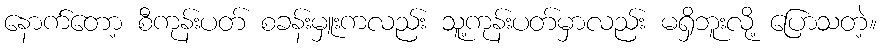
နောက်တော့ စီကုန်းပတ် စခန်းမှူးကလည်း သူ့ကုန်းပတ်မှာလည်း မရှိဘူးလို့ ပြောသတဲ့။